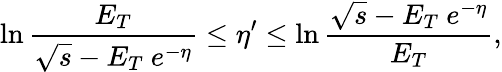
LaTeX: \ln{\frac{E_{T}}{\sqrt{s}-E_{T}\ e^{-\eta}}}\leq\eta^{\prime}\leq\ln{\frac{\sqrt{s}-E_{T}\ e^{-\eta}}{E_{T}}},